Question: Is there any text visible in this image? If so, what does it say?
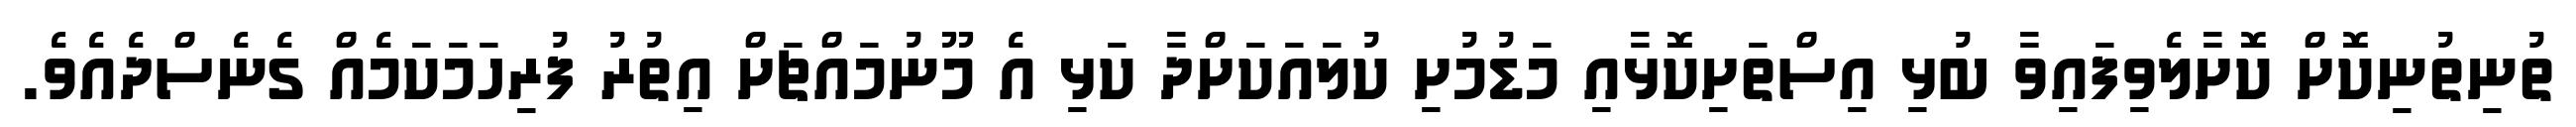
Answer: ތުނިތުނިކޮށް ކޮށާލެވިފައިވާ ބުޅި އިސްތަށިކޮޅާއި މަޑުމުށި ކުލައަކަށްދާ ކަޅި އެ މޫނުމައްޗަށް އިތުރު ފުރިހަމަކަމެއް ގެނެސްދެއެވެ.